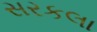
સરકલા